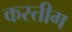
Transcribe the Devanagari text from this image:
कस्तीग